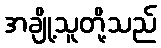
အချို့သူတို့သည်